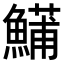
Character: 𬵦